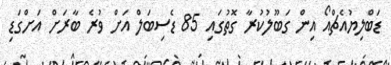
ޑަބްލިޔުއެޗްއޯ އިން ގަބޫލުކުރާ ގޮތުގައި 85 ޑެސިބަލް އަށް ވުރެ ބާރަށް އަށްގަޑި